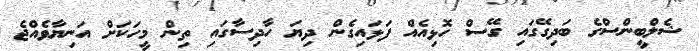
ޝެލްބީންސްގެ ބަދިގޭގައި ގޭސް ހޮޅިއެއް ފަޅައިގެން ދިޔަ ހާދިސާގައި ތިން މީހަކަށް އަނިޔާވެއްޖެ